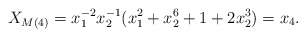
\begin{align*} X_{M(4)} = x_1^{-2}x_2^{-1}(x_1^2 + x_2^6 + 1 + 2x_2^3) = x_4. \end{align*}